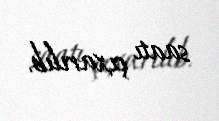
saatı çıxarılıb.